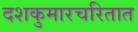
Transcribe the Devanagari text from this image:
दशकुमारचरितात